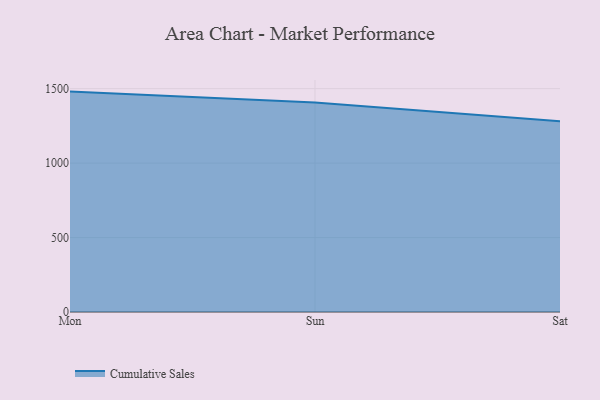
{"axis": {"x": "Day", "y": "Gross Profit (USD K)"}, "legend": ["Cumulative Sales"], "data": [{"x": "Mon", "y": 1480.3, "type": "Cumulative Sales"}, {"x": "Sun", "y": 1406.6, "type": "Cumulative Sales"}, {"x": "Sat", "y": 1281.3, "type": "Cumulative Sales"}]}